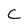
Character: C